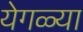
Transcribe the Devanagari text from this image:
येगळ्या